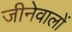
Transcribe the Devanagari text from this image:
जीनेवालों